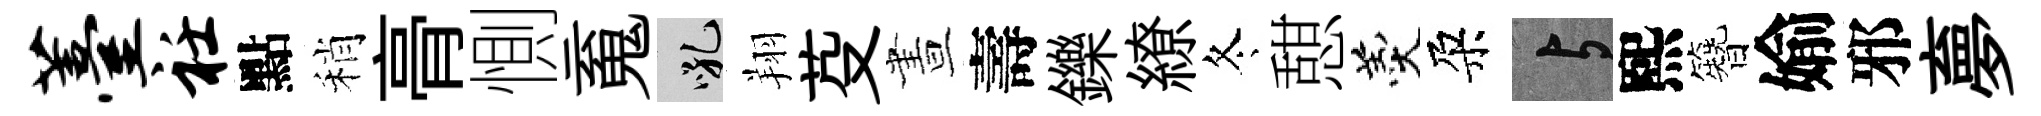
薹衽點稍𮌔惻䰟吼翔芟晝壽鑠繚冬憇羹朶与熙簪媮邪夣